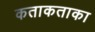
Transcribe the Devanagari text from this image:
कताकताका